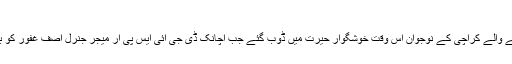
ترجمان پاک فوج کی ویڈیو وائرل
رات گئے سڑکوں پر کرکٹ کھیلنے والے کراچی کے نوجوان اُس وقت خوشگوار حیرت میں ڈوب گئے جب اچانک ڈی جی آئی ایس پی آر میجر جنرل آصف غفور کو بغیر پروٹوکول کے اپنے ہمراہ پایا۔